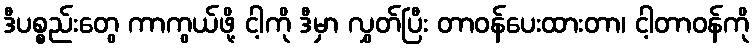
ဒီပစ္စည်းတွေ ကာကွယ်ဖို့ ငါ့ကို ဒီမှာ လွှတ်ပြီး တာဝန်ပေးထားတာ၊ ငါ့တာဝန်ကို